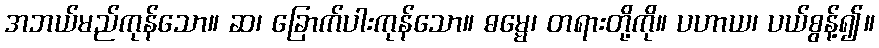
အဘယ်မည်ကုန်သော။ ဆ၊ ခြောက်ပါးကုန်သော။ ဓမ္မေ၊ တရားတို့ကို။ ပဟာယ၊ ပယ်စွန့်၍။